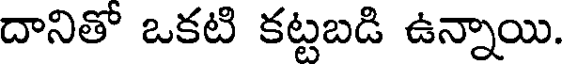
దానితో ఒకటి కట్టబడి ఉన్నాయి.